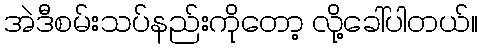
အဲဒီစမ်းသပ်နည်းကိုတော့ လို့ခေါ်ပါတယ်။